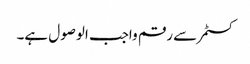
کسٹمر سے رقم واجب الوصول ہے۔